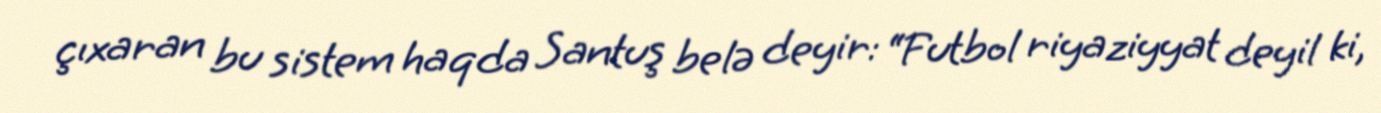
çıxaran bu sistem haqda Santuş belə deyir: “Futbol riyaziyyat deyil ki,